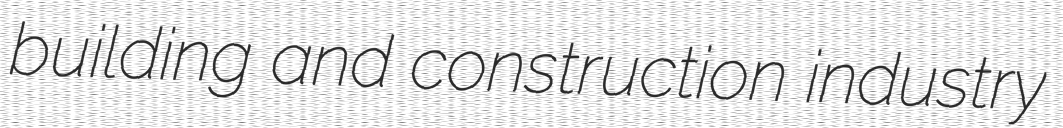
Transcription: building and construction industry